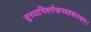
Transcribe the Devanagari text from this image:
सुच्याभिसर्पणमदृष्टकारणम्।